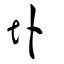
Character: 圤